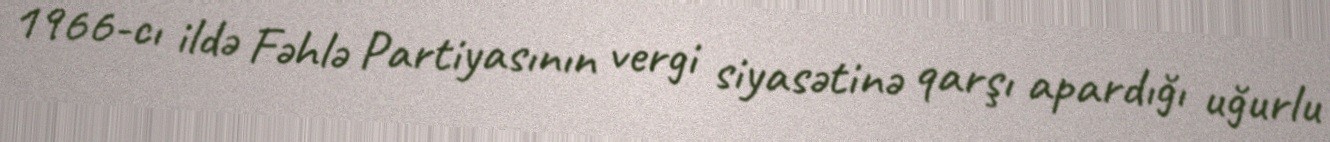
1966-cı ildə Fəhlə Partiyasının vergi siyasətinə qarşı apardığı uğurlu